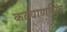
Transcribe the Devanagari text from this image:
कल्‍याणसिंह